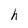
Character: h